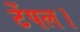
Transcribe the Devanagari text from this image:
टेंपल।